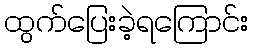
ထွက်ပြေးခဲ့ရကြောင်း